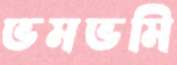
ভমভমি